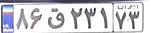
۸۶ق۲۳۱۷۳